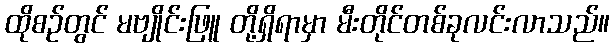
ထိုစဉ်တွင် မဗျိုင်းဖြူ တို့ရှိရာမှာ မီးတိုင်တစ်ခုလင်းလာသည်။